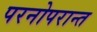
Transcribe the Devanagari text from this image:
परनोपरान्त